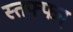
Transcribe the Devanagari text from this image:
स्तफ्फन्